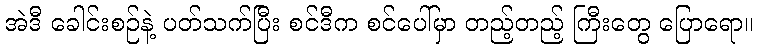
အဲဒီ ခေါင်းစဉ်နဲ့ ပတ်သက်ပြီး စင်ဒီက စင်ပေါ်မှာ တည့်တည့် ကြီးတွေ ပြောရော။